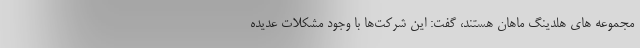
مجموعه های هلدینگ ماهان هستند، گفت: این شرکت‌ها با وجود مشکلات عدیده